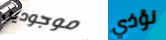
موجودين نؤذي